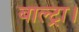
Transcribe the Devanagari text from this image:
बाल्ट्रा।